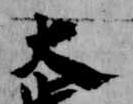
大